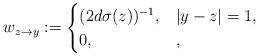
LaTeX: \begin{align*}w_{z \to y} := \begin{cases}(2d \sigma(z))^{-1}, & |y-z|=1 , \\0, & ,\end{cases}\end{align*}